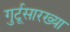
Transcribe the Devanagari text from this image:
गुर्टूसारख्या